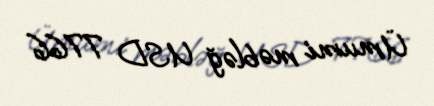
Ümumi məbləğ USD 7766